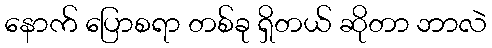
နောက် ပြောစရာ တစ်ခု ရှိတယ် ဆိုတာ ဘာလဲ